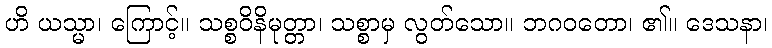
ဟိ ယသ္မာ၊ ကြောင့်။ သစ္စဝိနိမုတ္တာ၊ သစ္စာမှ လွတ်သော။ ဘဂဝတော၊ ၏။ ဒေသနာ၊